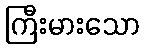
ကြီးမားသော